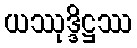
ယဿုဒ္ဒိဋ္ဌဿ